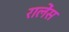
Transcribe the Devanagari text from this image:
रालेंस